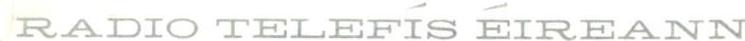
RADIO TELEFÍS ÉIREANN